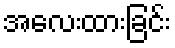
အလေးထားခြင်း